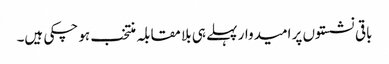
باقی نشستوں پر امیدوار پہلے ہی بلا مقابلہ منتخب ہو چکی ہیں۔